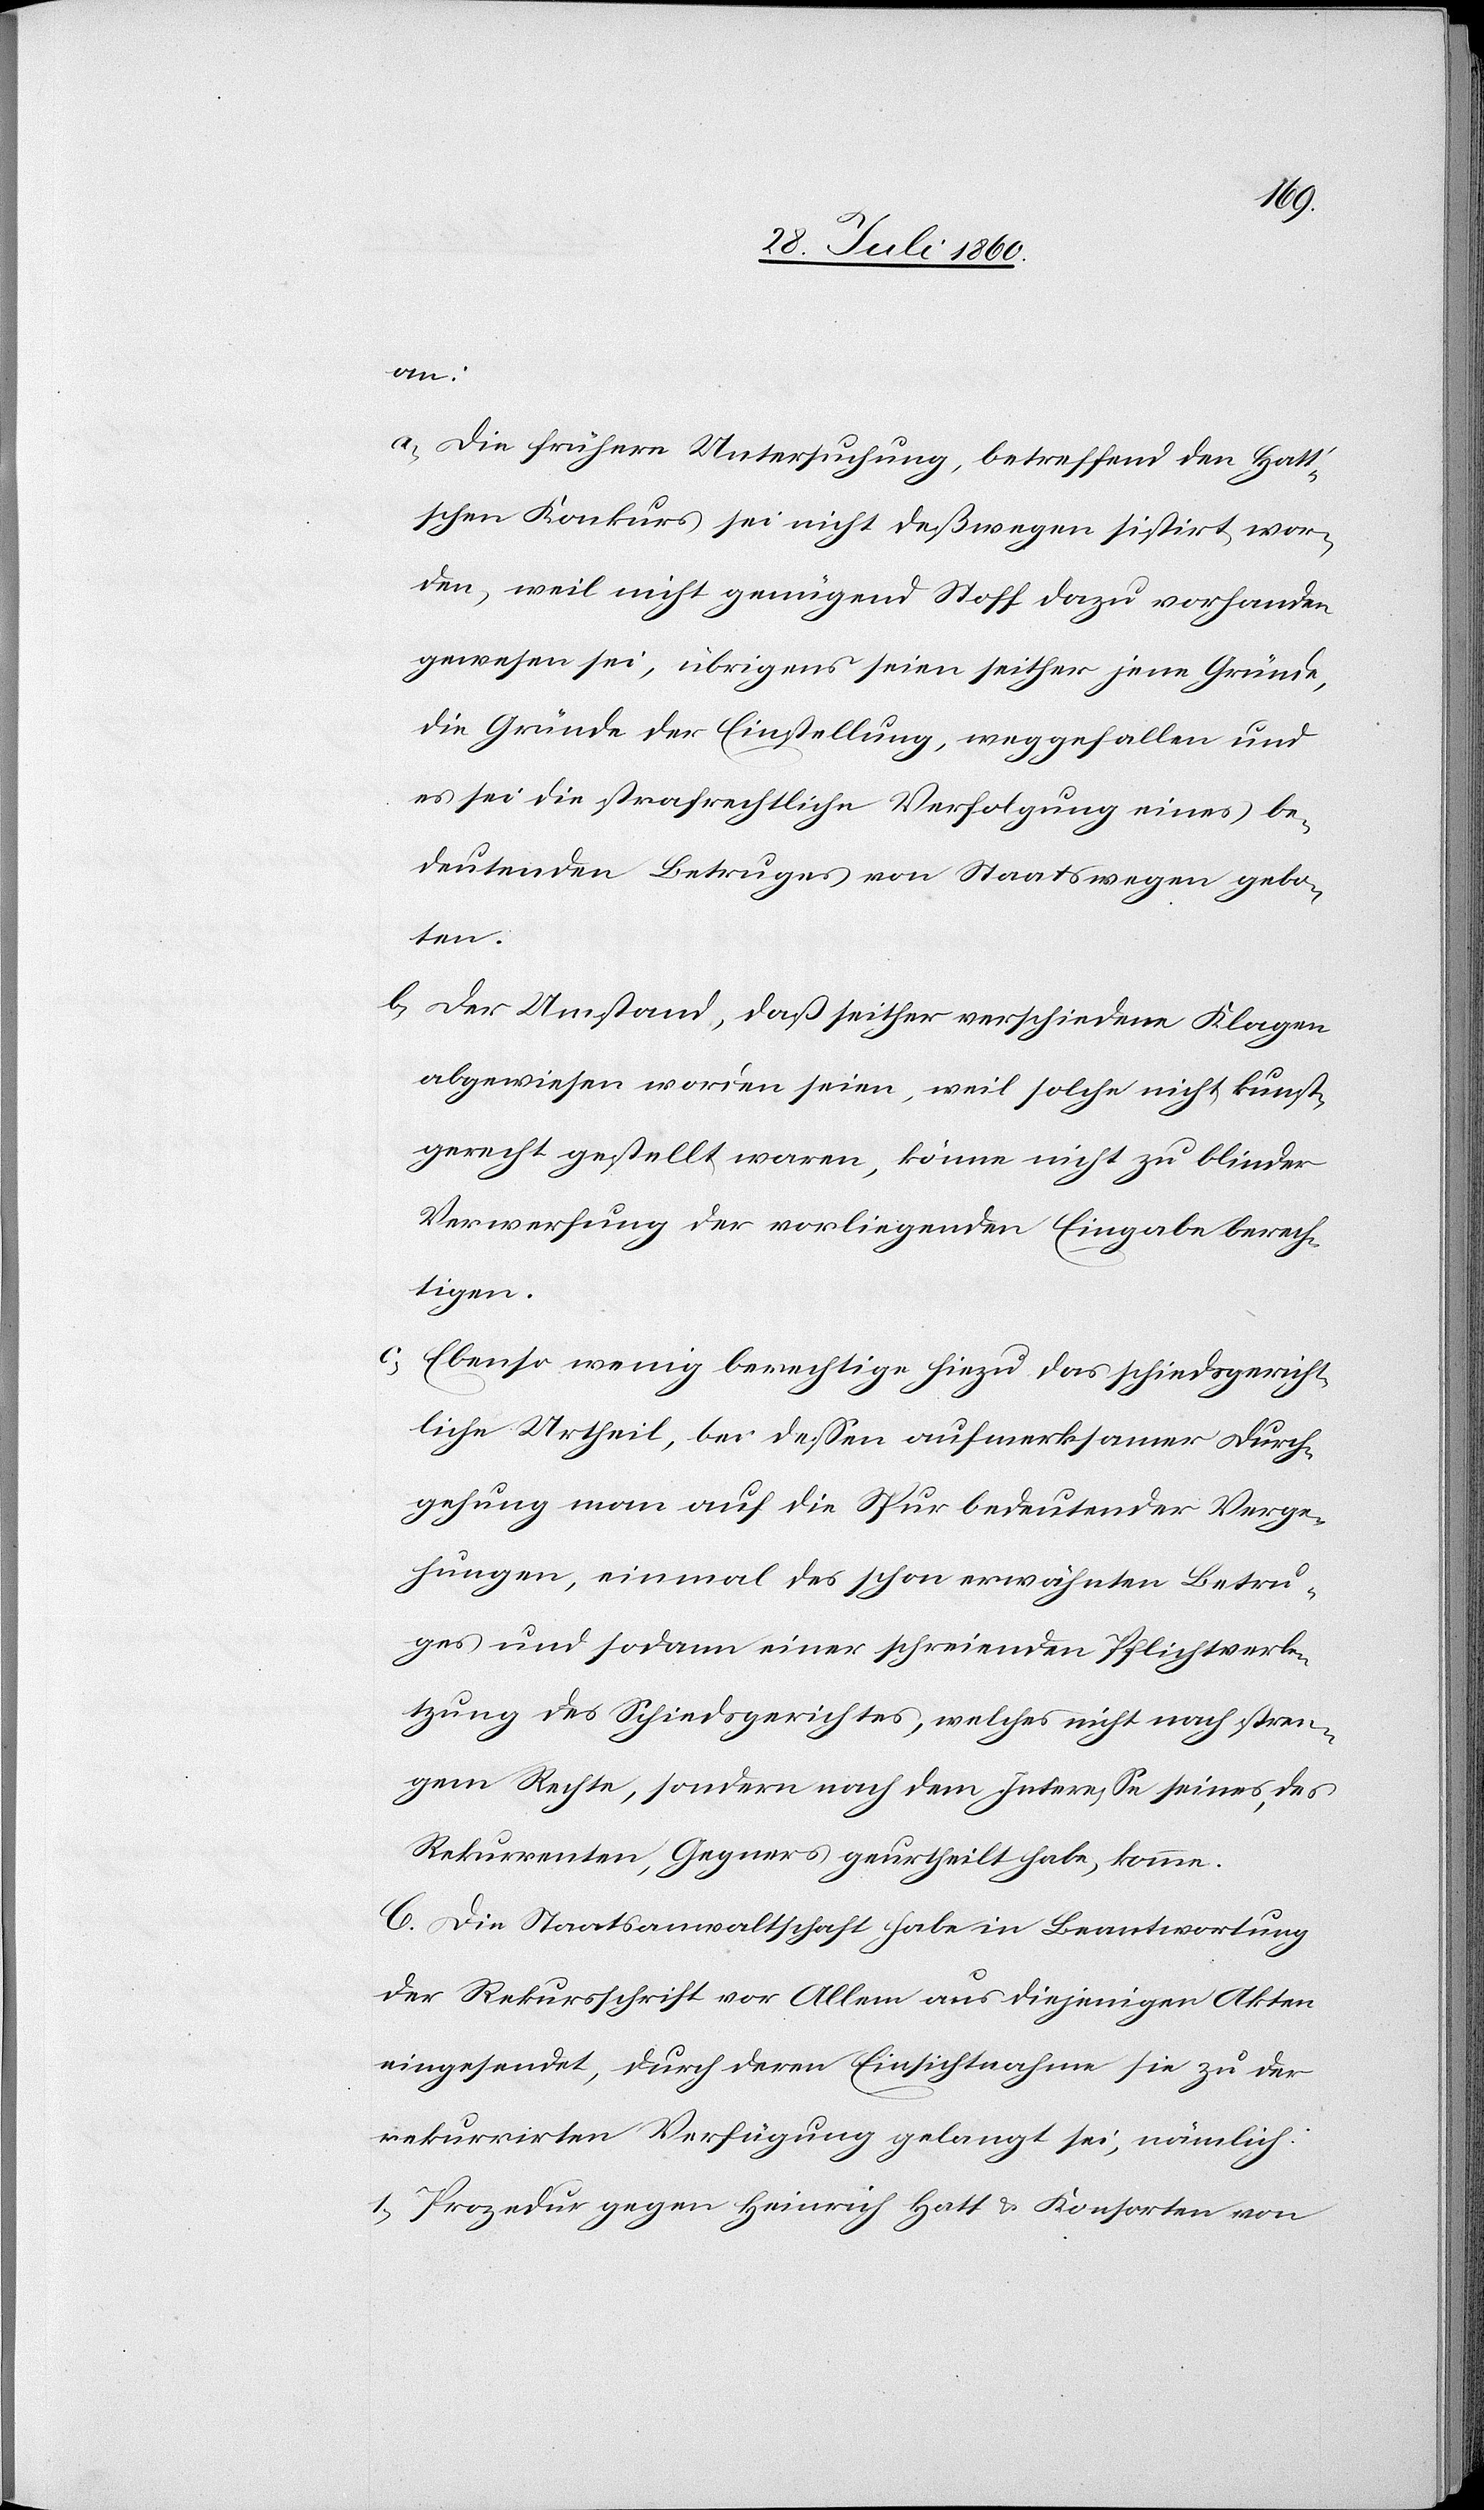
an:
a. die frühere Untersuchung, betreffend den Hatt’s¬
chen Conkurs sei nicht deswegen sistirt wor¬
den, weil nicht genügend Stoff dazu vorhanden
gewesen sei; übrigens seien seither jene Gründe,
die Gründe der Einstellung weggefallen und
es sei die strafrechtliche Verfolgung eines be¬
deutenden Betruges von Staatswegen gebo¬
ten;
b. der Umstand, daß seither verschiedene Klagen
abgewiesen worden seien, weil solche nicht kunst¬
gerecht gestellt waren, könne nicht zu blinder
Verwerfung der vorliegenden Eingabe berech¬
tigen;
ebenso wenig berechtige hiezu das schiedsgericht¬
liche Urtheil, bei dessen aufmerksamer Durch¬
gehung man auf die Spur bedeutender Verge¬
hungen, einmal des schon erwähnten Betru¬
ges und sodann einer schreienden Pflichtverle¬
tzung des Schiedsgerichtes, welches nicht nach stren¬
gem Rechte, sondern nach dem Interesse seines, des
Rekurrenten, Gegners geurtheilt habe, komme.
C. Die Staatsanwaltschaft habe in Beantwortung
der Rekursschrift vor Allem aus diejenigen Akten
eingesendet, durch deren Einsichtnahme sie zu der
rekurrirten Verfügung gelangt sei, nämlich: